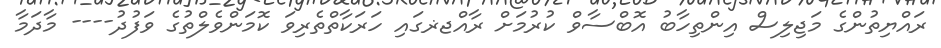
ރައްޔިތުންގެ މަޖިލިސް އިންތިހާބު އޮބްސާވް ކުރުމަށް ރާއްޖޜގައި ހަރަކާތްތެރިވަ ކޮމަންވެލްތުގެ ވަފުދު---- މާދަމާ